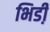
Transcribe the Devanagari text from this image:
भिडी़